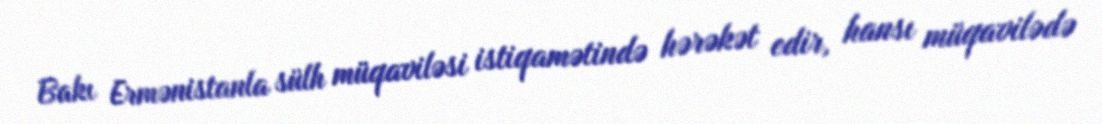
Bakı Ermənistanla sülh müqaviləsi istiqamətində hərəkət edir, hansı müqavilədə